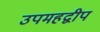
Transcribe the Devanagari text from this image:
उपमहद्वीप